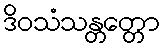
ဒိဝသံသန္တတ္တော